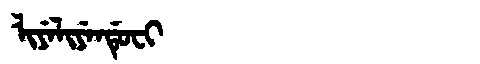
Manchu: ᠯᡳᠶᡝᠯᡳᠶᡝᠨᡩᡠᠸᡳ
Romanization: LIYELIYENDUFI